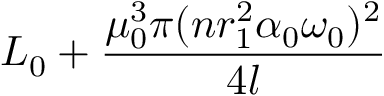
L _ { 0 } + \frac { \mu _ { 0 } ^ { 3 } \pi ( n r _ { 1 } ^ { 2 } \alpha _ { 0 } \omega _ { 0 } ) ^ { 2 } } { 4 l }